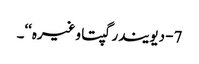
7- دیویندر گپتا وغیرہ‘‘۔